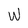
Character: w